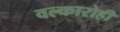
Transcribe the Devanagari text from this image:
वल्कारोही